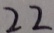
2 2